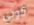
كوبي